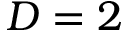
D = 2